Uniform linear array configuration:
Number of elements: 24
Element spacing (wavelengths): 0.75
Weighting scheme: kaiser
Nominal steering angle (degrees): -15
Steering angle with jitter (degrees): -13.425
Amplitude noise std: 0.05
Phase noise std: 0.05

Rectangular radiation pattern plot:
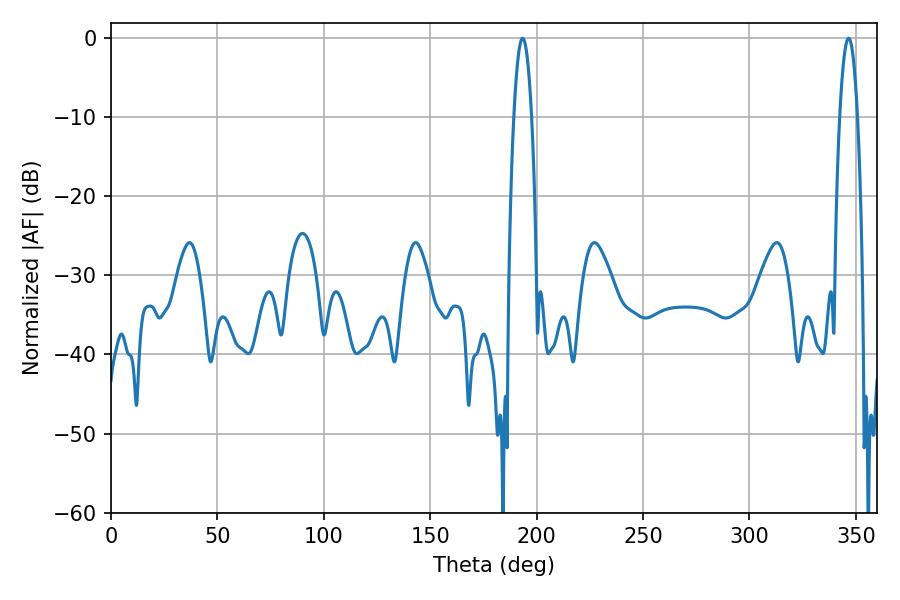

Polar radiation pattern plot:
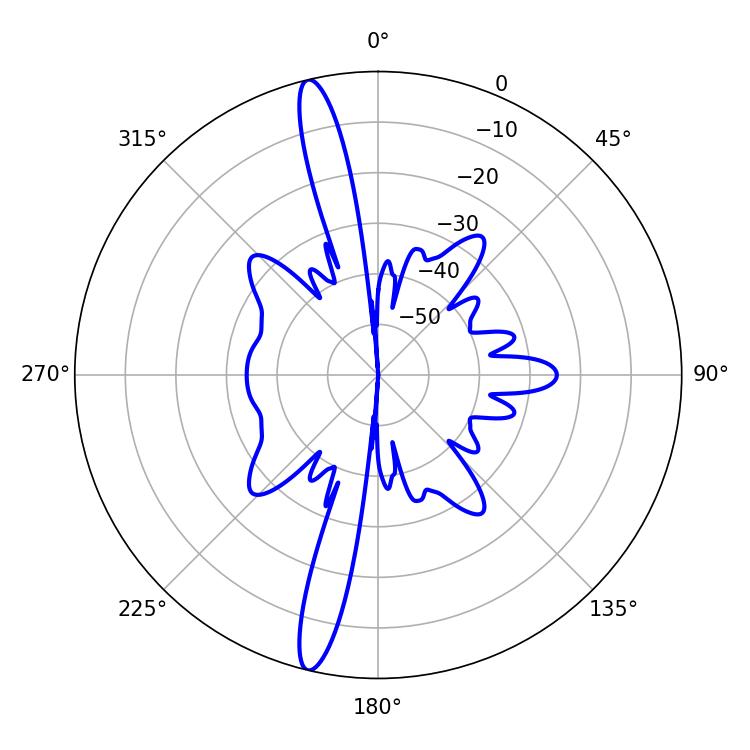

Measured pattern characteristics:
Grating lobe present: TRUE
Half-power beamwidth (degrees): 4.5
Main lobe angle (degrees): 346.5